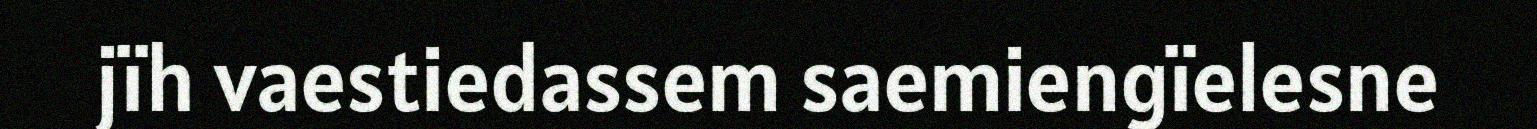
jïh vaestiedassem saemiengïelesne